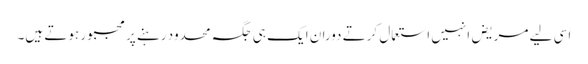
اسی لیے مریض انہیں استعمال کرتے دوران ایک ہی جگہ محدود رہنے پر مجبور ہوتے ہیں۔